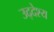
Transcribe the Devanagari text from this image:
उद्‌देश्‍य